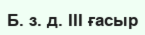
Б. з. д. III ғасыр